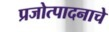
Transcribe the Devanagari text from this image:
प्रजोत्पादनाचे